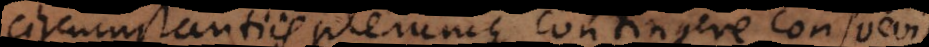
circumstantiis plerumque contingere consuevit.